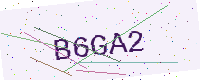
Text: B6GA2